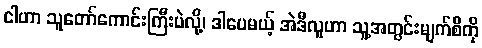
ငါဟာ သူတော်ကောင်းကြီးပဲလို့၊ ဒါပေမယ့် အဲဒီလူဟာ သူ့အတွင်းမျက်စိကို